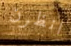
انظرن